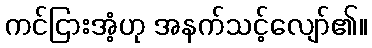
ကင်ငြားအံ့ဟု အနက်သင့်လျော်၏။